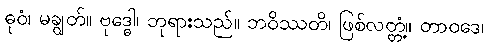
ဓုဝံ၊ မချွတ်။ ဗုဒ္ဓေါ၊ ဘုရားသည်။ ဘဝိဿတိ၊ ဖြစ်လတ္တံ့။ တာဝဒေ၊